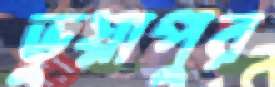
ভুয়াপুর